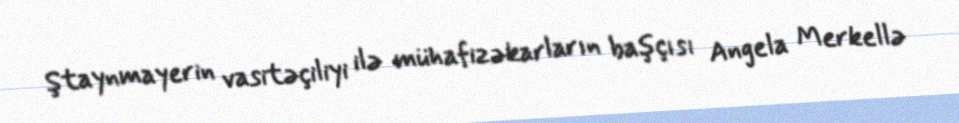
Ştaynmayerin vasitəçiliyi ilə mühafizəkarların başçısı Angela Merkellə